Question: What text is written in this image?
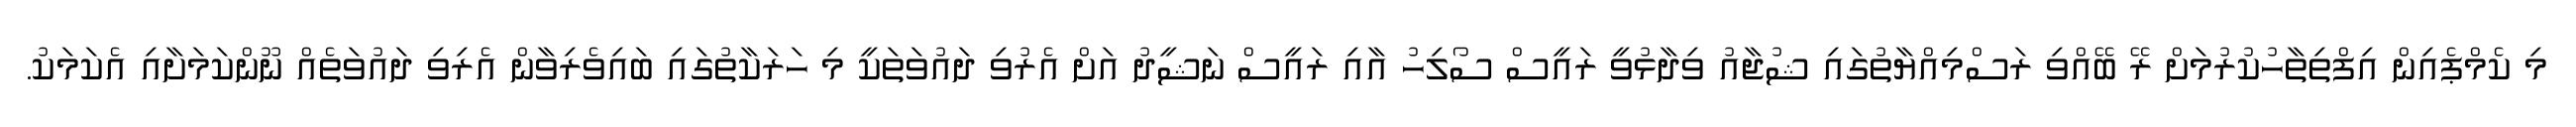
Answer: މި ކެމްޕެއިން އިފްތިތާހުކުރުމަށް ރޭ ބޭއްވި ރަސްމިއްޔާތުގައި ޝުޖާއު ވިދާޅުވީ ރައީސް ސޯލިހު އާއި ރައީސް ނަޝީދު އަށް އެރުވި ދައުވަތަކީ މި ހަރަކާތުގައި ބައިވެރިވާން އެރިވި ދައުވަތެއް ނޫންކަމަށާއި އެކަމަކު.